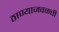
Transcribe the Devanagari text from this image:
ठाण्याजवळची